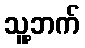
သူ့ဘက်